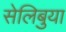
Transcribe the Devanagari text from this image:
सेलिबुया